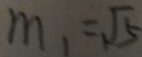
m _ { 1 } = \sqrt { 5 }